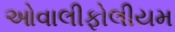
ઓવાલીફોલીયમ